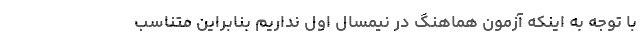
با توجه به اینکه آزمون هماهنگ در نیمسال اول نداریم بنابراین متناسب